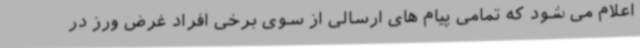
اعلام می شود که تمامی پیام های ارسالی از سوی برخی افراد غرض ورز در